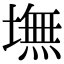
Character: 墲